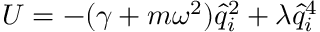
U = - ( \gamma + m \omega ^ { 2 } ) \hat { q } _ { i } ^ { 2 } + \lambda \hat { q } _ { i } ^ { 4 }